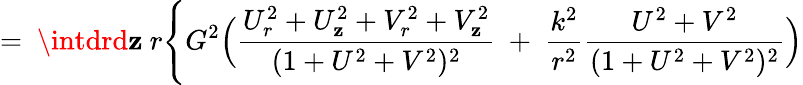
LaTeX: =\ \intdrd\mathbf{z}\ r\Biggl\{ G^{2}\Bigl({\frac{{U_{r}^{2}+U_{\mathbf{z}}^{2}+V_{r}^{2}+V_{\mathbf{z}}^{2}}}{{(1+U^{2}+V^{2})^{2}}}}\ +\ \frac{{k^{2}}}{{r^{2}}}{\frac{{U^{2}+V^{2}}}{{(1+U^{2}+V^{2})^{2}}}}\Bigr)